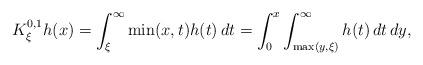
LaTeX: \begin{align*}K^{0,1}_{\xi}h(x)=\int_\xi^\infty\min(x,t)h(t)\,dt=\int_0^x\int_{\max(y,\xi)}^\infty h(t)\,dt\,dy,\end{align*}